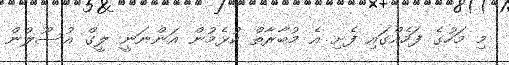
މި މަހުގެ ފަހެއްގައި ފެށި އެ މުބާރާތް ކުޅެމުން އަންނަނީ ލީގް އުސޫލުން